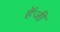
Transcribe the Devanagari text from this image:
हॅजी